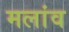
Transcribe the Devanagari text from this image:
मलांव